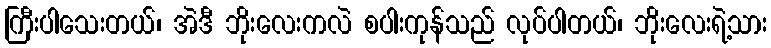
ကြီးပါသေးတယ်၊ အဲဒီ ဘိုးလေးကလဲ စပါးကုန်သည် လုပ်ပါတယ်၊ ဘိုးလေးရဲ့သား